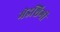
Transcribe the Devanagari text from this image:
मेडशिगी